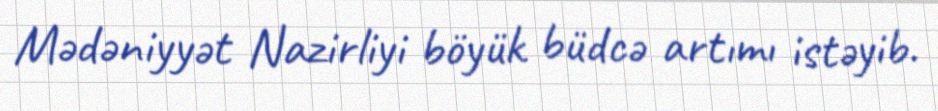
Mədəniyyət Nazirliyi böyük büdcə artımı istəyib.